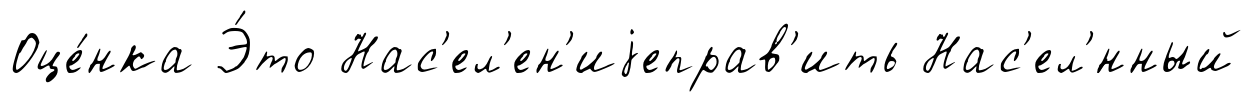
Оце́нка Э́то Нас'ел'ен'иjеправ'ить Нас'ел'́нный